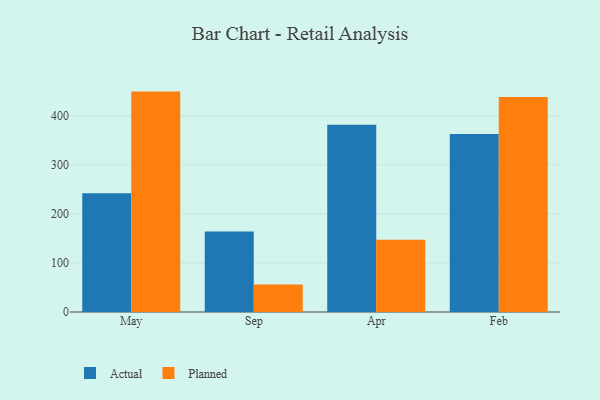
{"axis": {"x": "Month", "y": "Budget (USD K)"}, "legend": ["Actual", "Planned"], "data": [{"x": "May", "y": 242.0, "type": "Actual"}, {"x": "May", "y": 449.3, "type": "Planned"}, {"x": "Sep", "y": 164.3, "type": "Actual"}, {"x": "Sep", "y": 56.2, "type": "Planned"}, {"x": "Apr", "y": 381.5, "type": "Actual"}, {"x": "Apr", "y": 147.1, "type": "Planned"}, {"x": "Feb", "y": 362.7, "type": "Actual"}, {"x": "Feb", "y": 438.1, "type": "Planned"}]}